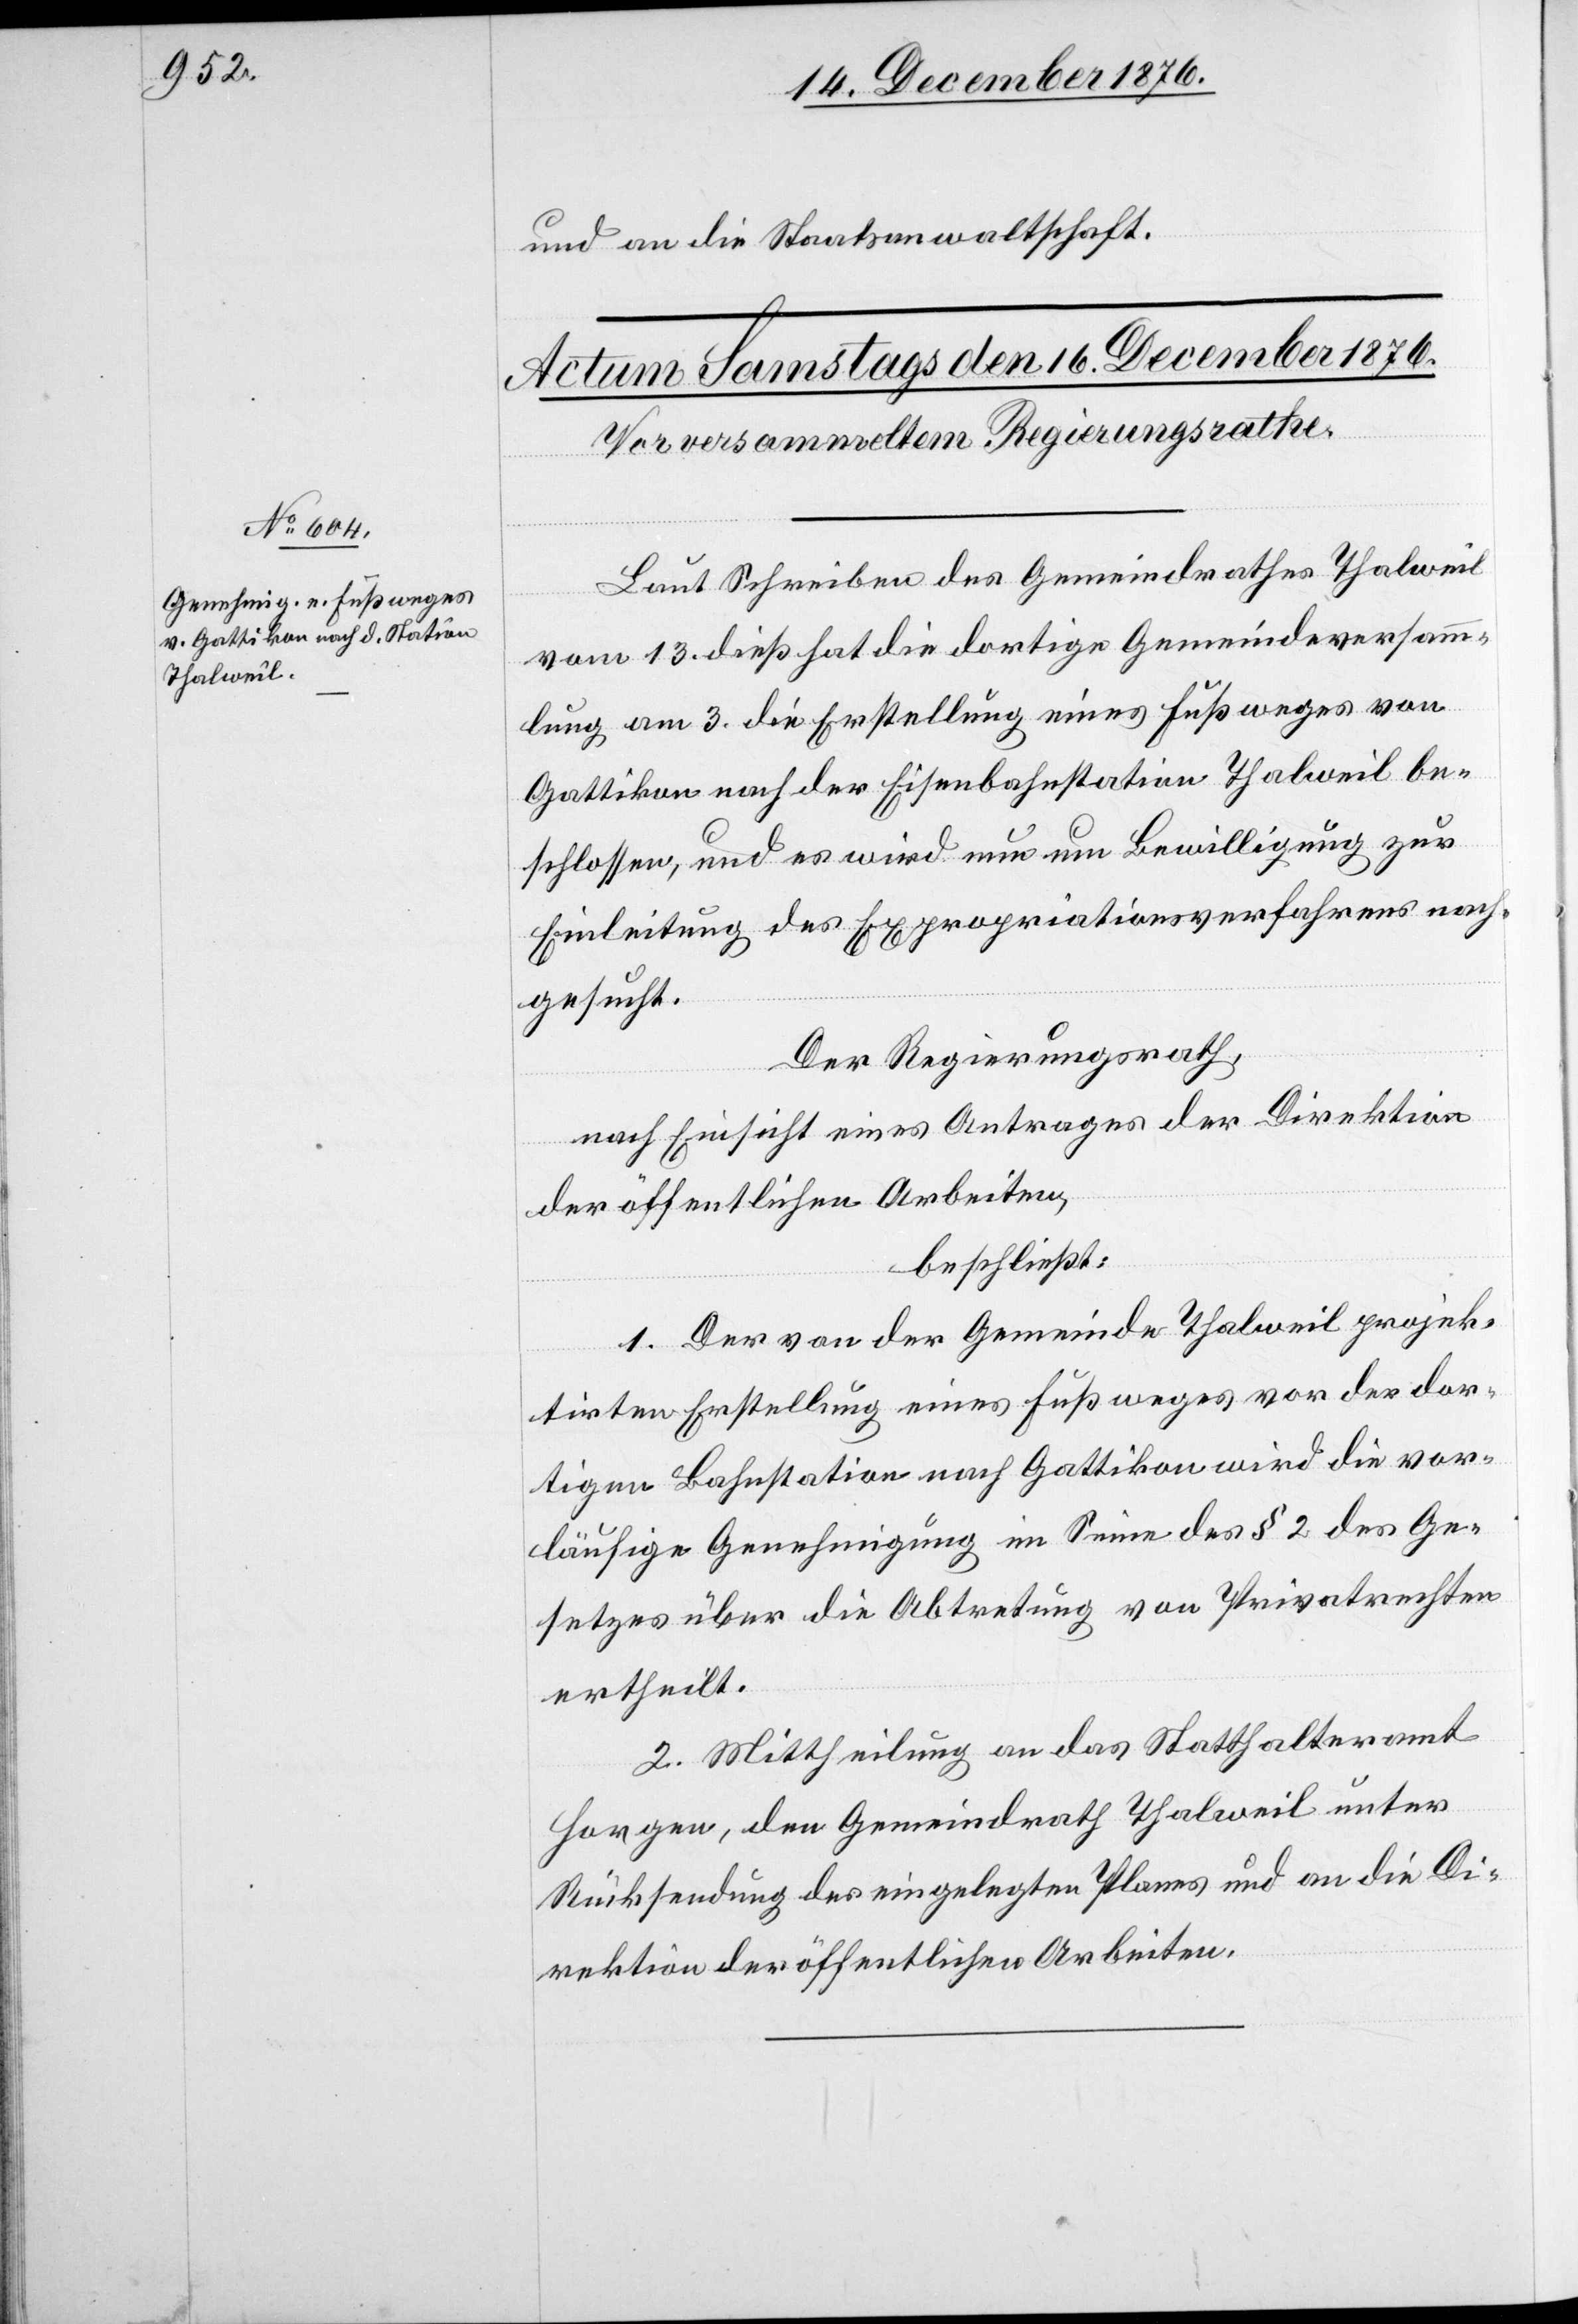
und an die Staatsanwaltschaft.
Laut Schreiben des Gemeindrathes Thalweil
vom 13. dieß hat die dortige Gemeindeversamm¬
lung am 3. die Erstellung eines Fußweges von
Gattikon nach der Eisenbahnstation Thalweil be¬
schlossen, und es wird nun um Bewilligung zur
Einleitung des Expropriationsverfahrens nach¬
gesucht.
Der Regierungsrath,
nach Einsicht eines Antrages der Direktion
der öffentlichen Arbeiten,
beschließt:
1. Der von der Gemeinde Thalweil projek¬
tirten Erstellung eines Fußweges vor der dor¬
tigen Bahnstation nach Gattikon wird die vor¬
läufige Genehmigung im Sinne des § 2 des Ge¬
setzes über die Abtretung von Privatrechten
ertheilt.
2. Mittheilung an das Statthalteramt
Horgen, den Gemeindrath Thalweil unter
Rücksendung des eingelegten Planes und an die Di¬
rektion der öffentlichen Arbeiten.